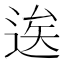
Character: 逘